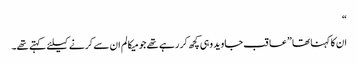
“
ان کا کہنا تھا ”عاقب جاوید وہی کچھ کر رہے تھے جو میکالم ان سے کرنے کیلئے کہتے تھے۔